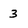
Character: 3